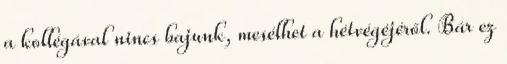
a kollégával nincs bajunk, mesélhet a hétvégéjéről. Bár ez